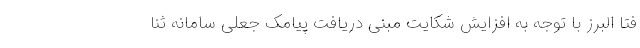
فتا البرز با توجه به افزایش شکایت مبنی دریافت پیامک جعلی سامانه ثنا